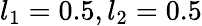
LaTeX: l_{1}=0.5,l_{2}=0.5